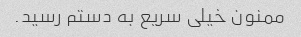
ممنون خیلی سریع به دستم رسید.